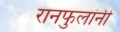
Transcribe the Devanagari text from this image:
रानफुलांनी